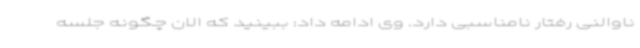
ناوالنی رفتار نامناسبی دارد. وی ادامه داد: ببینید که الان چگونه جلسه